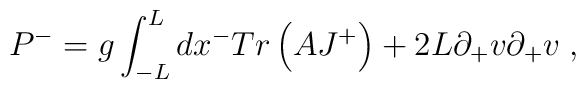
P^- = g\int _{-L} ^L dx^- Tr\left(AJ^+\right)+ 2 L \partial _+ v \partial _+v \; ,